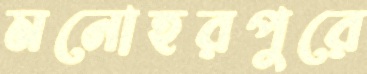
মনোহরপুরে